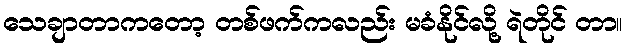
သေချာတာကတော့ တစ်ဖက်ကလည်း မခံနိုင်လို့ ရဲတိုင် တာ။